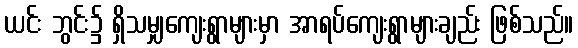
ယင်း ဘွင်း၌ ရှိသမျှကျေးရွာများမှာ အာရပ်ကျေးရွာများချည်း ဖြစ်သည်။